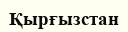
Қырғызстан